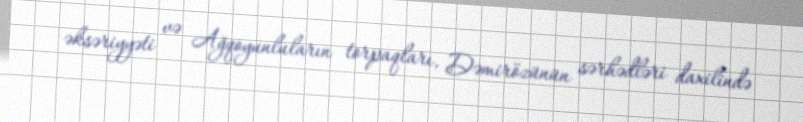
əksəriyyəti və Ağqoyunluların torpaqları, Dəmirözünün sərhədləri daxilində